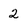
Character: 2